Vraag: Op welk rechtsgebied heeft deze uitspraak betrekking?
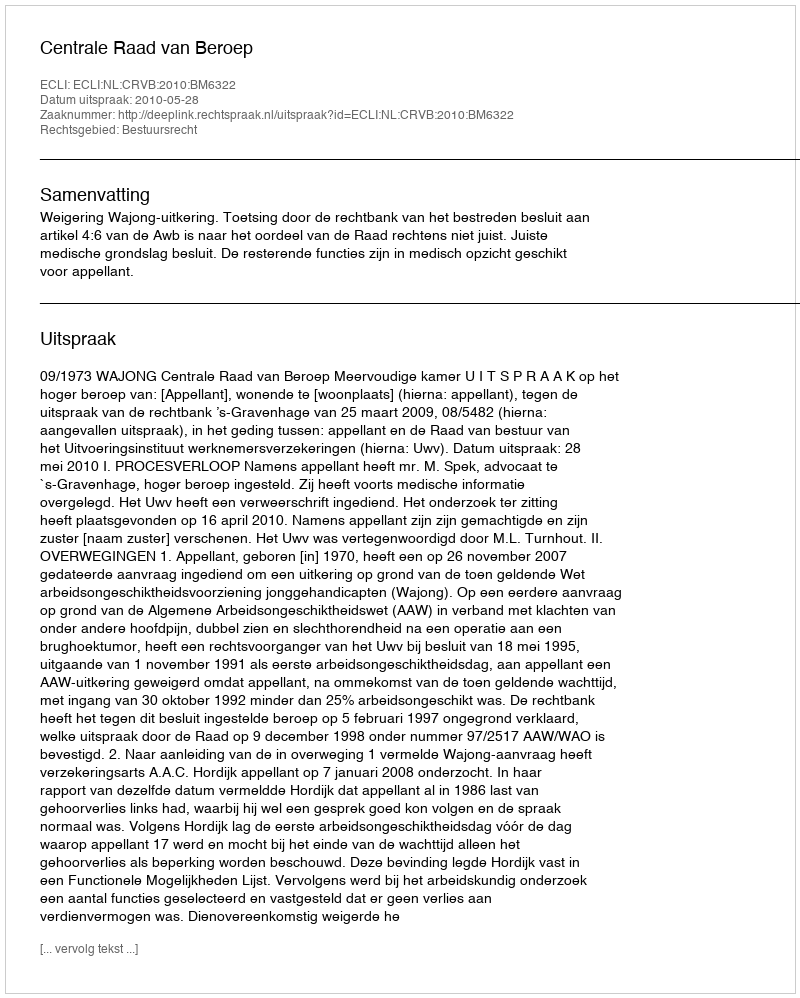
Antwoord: Bestuursrecht